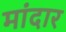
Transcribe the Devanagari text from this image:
मांदार